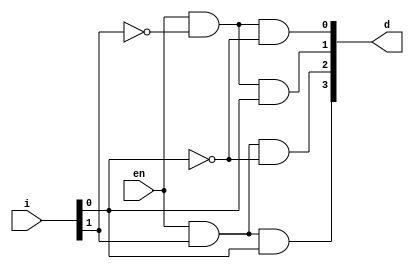
/*--  *******************************************************
--  Computer Architecture Course, Laboratory Sources 
--  Amirkabir University of Technology (Tehran Polytechnic)
--  Department of Computer Engineering (CE-AUT)
--  https://ce[dot]aut[dot]ac[dot]ir
--  *******************************************************
--  All Rights reserved (C) 2019-2020
--  *******************************************************
--  Student ID  : 9831068
--  Student Name: Farshid Nooshi
--  Student Mail: farshidnooshi726@aut.ac.ir
--  *******************************************************
--  Additional Comments:
--
--*/

/*-----------------------------------------------------------
---  Module Name: Decoder 2 to 4 Gate Level
---  Description: Lab 05 Part 1
-----------------------------------------------------------*/
`timescale 1 ns/1 ns

module decoder2x4 (

	input [1:0] i,
	input en,
	output [3:0] d
	
);
	/* write your code here */
	wire [1:0] w;
	not g1(w[0],i[0]);
	not g2(w[1],i[1]);
	and g3(d[0],en,w[1],w[0]);
	and g4(d[1],en,w[1],i[0]);
	and g5(d[2],en,i[1],w[0]);
	and g6(d[3],en,i[1],i[0]);
	/* write your code here */

endmodule